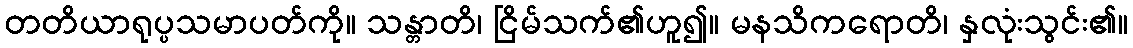
တတိယာရုပ္ပသမာပတ်ကို။ သန္တာတိ၊ ငြိမ်သက်၏ဟူ၍။ မနသိကရောတိ၊ နှလုံးသွင်း၏။